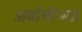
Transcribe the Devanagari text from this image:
अर्वाचीनता